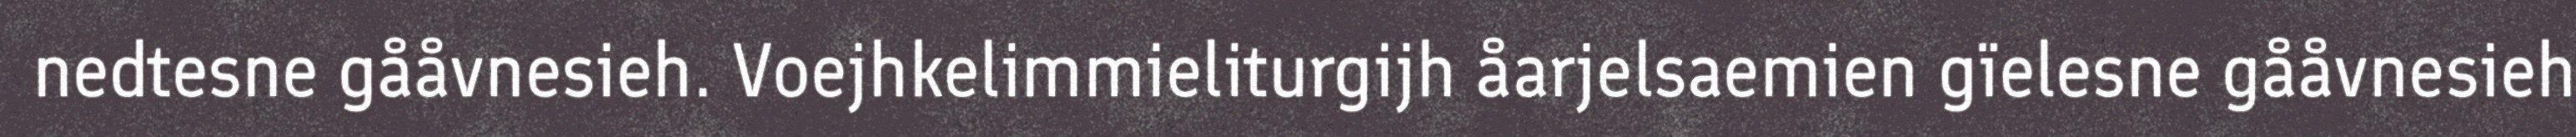
nedtesne gååvnesieh. Voejhkelimmieliturgijh åarjelsaemien gïelesne gååvnesieh